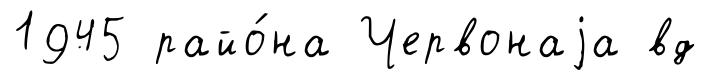
1945 райо́на Червонаjа вд